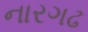
નારગઢ